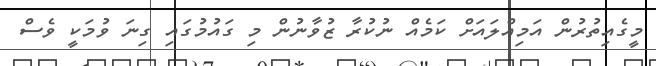
މީގެއިތުރުން އަމިއްލައަށް ކަމެއް ނުކުރާ ޒުވާނުން މި ގައުމުގައި ގިނަ ވުމަކީ ވެސް